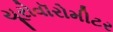
યૂરોવૉરોમીટર